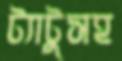
ট্যাটুসহ